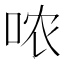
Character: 哝